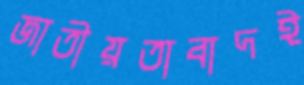
জাতীয়তাবাদই